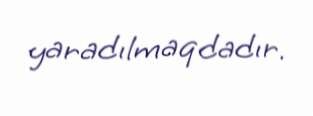
yaradılmaqdadır.